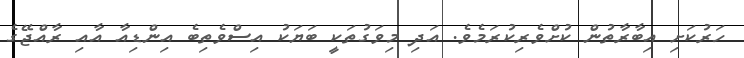
ހަރުކަށި އިބާރާތުން ކުށްވެރިކުރަމެވެ. އަދި މިވަގުތަކީ ބަޔަކު އިސްވެތިބެ އިންޑިއާ އާއި ރާއްޖޭގެ